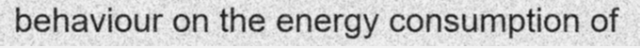
behaviour on the energy consumption of